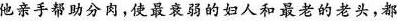
他亲手帮助分肉，使最衰弱的妇人和最老的老头，都